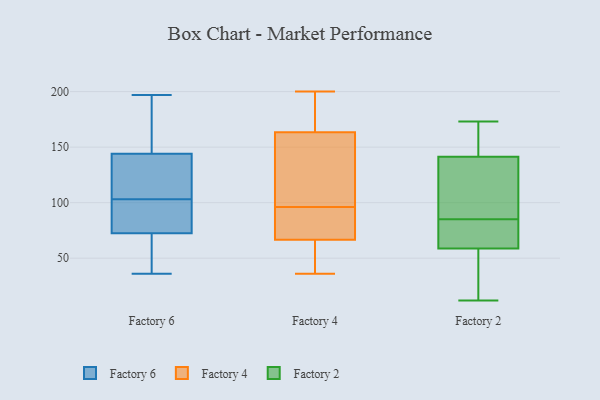
{"axis": {"x": "Website Visitors", "y": "Value"}, "legend": ["Factory 2", "Factory 4", "Factory 6"], "data": [{"x": "", "y": 143, "type": "Factory 6"}, {"x": "", "y": 150, "type": "Factory 6"}, {"x": "", "y": 84, "type": "Factory 6"}, {"x": "", "y": 36, "type": "Factory 6"}, {"x": "", "y": 118, "type": "Factory 6"}, {"x": "", "y": 60, "type": "Factory 6"}, {"x": "", "y": 197, "type": "Factory 6"}, {"x": "", "y": 113, "type": "Factory 6"}, {"x": "", "y": 145, "type": "Factory 6"}, {"x": "", "y": 61, "type": "Factory 6"}, {"x": "", "y": 93, "type": "Factory 6"}, {"x": "", "y": 92, "type": "Factory 6"}, {"x": "", "y": 90, "type": "Factory 4"}, {"x": "", "y": 96, "type": "Factory 4"}, {"x": "", "y": 134, "type": "Factory 4"}, {"x": "", "y": 107, "type": "Factory 4"}, {"x": "", "y": 58, "type": "Factory 4"}, {"x": "", "y": 196, "type": "Factory 4"}, {"x": "", "y": 180, "type": "Factory 4"}, {"x": "", "y": 68, "type": "Factory 4"}, {"x": "", "y": 121, "type": "Factory 4"}, {"x": "", "y": 62, "type": "Factory 4"}, {"x": "", "y": 158, "type": "Factory 4"}, {"x": "", "y": 45, "type": "Factory 4"}, {"x": "", "y": 91, "type": "Factory 4"}, {"x": "", "y": 36, "type": "Factory 4"}, {"x": "", "y": 198, "type": "Factory 4"}, {"x": "", "y": 69, "type": "Factory 4"}, {"x": "", "y": 200, "type": "Factory 4"}, {"x": "", "y": 115, "type": "Factory 2"}, {"x": "", "y": 14, "type": "Factory 2"}, {"x": "", "y": 61, "type": "Factory 2"}, {"x": "", "y": 171, "type": "Factory 2"}, {"x": "", "y": 71, "type": "Factory 2"}, {"x": "", "y": 85, "type": "Factory 2"}, {"x": "", "y": 148, "type": "Factory 2"}, {"x": "", "y": 58, "type": "Factory 2"}, {"x": "", "y": 12, "type": "Factory 2"}, {"x": "", "y": 121, "type": "Factory 2"}, {"x": "", "y": 173, "type": "Factory 2"}]}